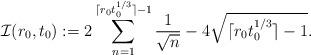
LaTeX: \begin{align*}\mathcal{I}(r_0,t_0) :=2\sum_{n=1}^{\lceil r_0 t_0^{1/3}\rceil-1} \frac{1}{\sqrt{n}} -4\sqrt{\lceil r_0 t_0^{1/3}\rceil-1}.\end{align*}